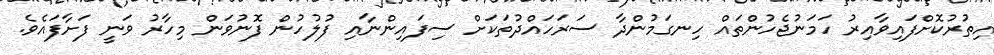
އިތުރުކޮށްފައިވާއިރު ހަމަނުޖެހުންތައް ހިނގަމުންދާ ސަރަހައްދުތަކަށް ސިފައިންނާއި ފުލުހުން ފޮނުވަން މިހާރު ވަނީ ފަށާފައެވެ.